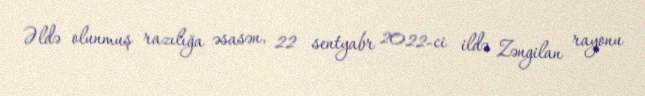
Əldə olunmuş razılığa əsasən, 22 sentyabr 2022-ci ildə Zəngilan rayonu